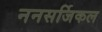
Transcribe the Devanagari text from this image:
ननसर्जिकल